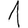
Digit: 1